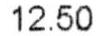
12.50